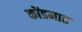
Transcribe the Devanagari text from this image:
कोंडमात